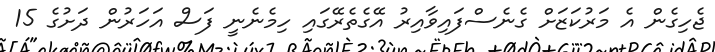
ޖެހިގެން އެ މަރުކަޒަށް ގެނެސްފައިވާއިރު އޭގެތެރޭގައި ހިމެނެނީ ފަސް އަހަރުން ދަށުގެ 15